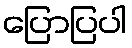
ပြောပြပါ